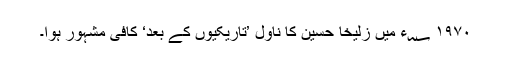
۱۹۷۰ ؁ء میں زُلیخا حُسین کا ناول ’تاریکیوں کے بعد‘ کافی مشہور ہوا۔